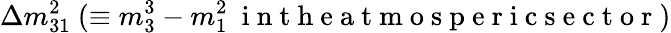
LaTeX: \Delta{m}_{31}^{2}~(\equiv{m}_{3}^{3}-{m}_{1}^{2}~\mathrm{~i~n~t~h~e~a~t~m~o~s~p~e~r~i~c~s~e~c~t~o~r~})